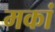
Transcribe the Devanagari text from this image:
मकां